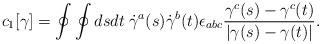
LaTeX: \begin{align*}c_{1}[\gamma]=\oint\oint dsdt\;\dot\gamma^{a}(s)\dot\gamma^{b}(t)\epsilon_{abc} {\gamma^{c}(s)-\gamma^{c}(t)\over |\gamma(s) -\gamma(t)|}.\end{align*}